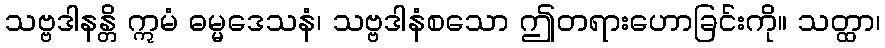
သဗ္ဗဒါနန္တိ ဣမံ ဓမ္မဒေသနံ၊ သဗ္ဗဒါနံစသော ဤတရားဟောခြင်းကို။ သတ္ထာ၊